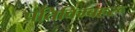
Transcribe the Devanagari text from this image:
प्रतिविम्‍बहरू